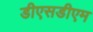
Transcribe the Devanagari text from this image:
डीएसडीएम